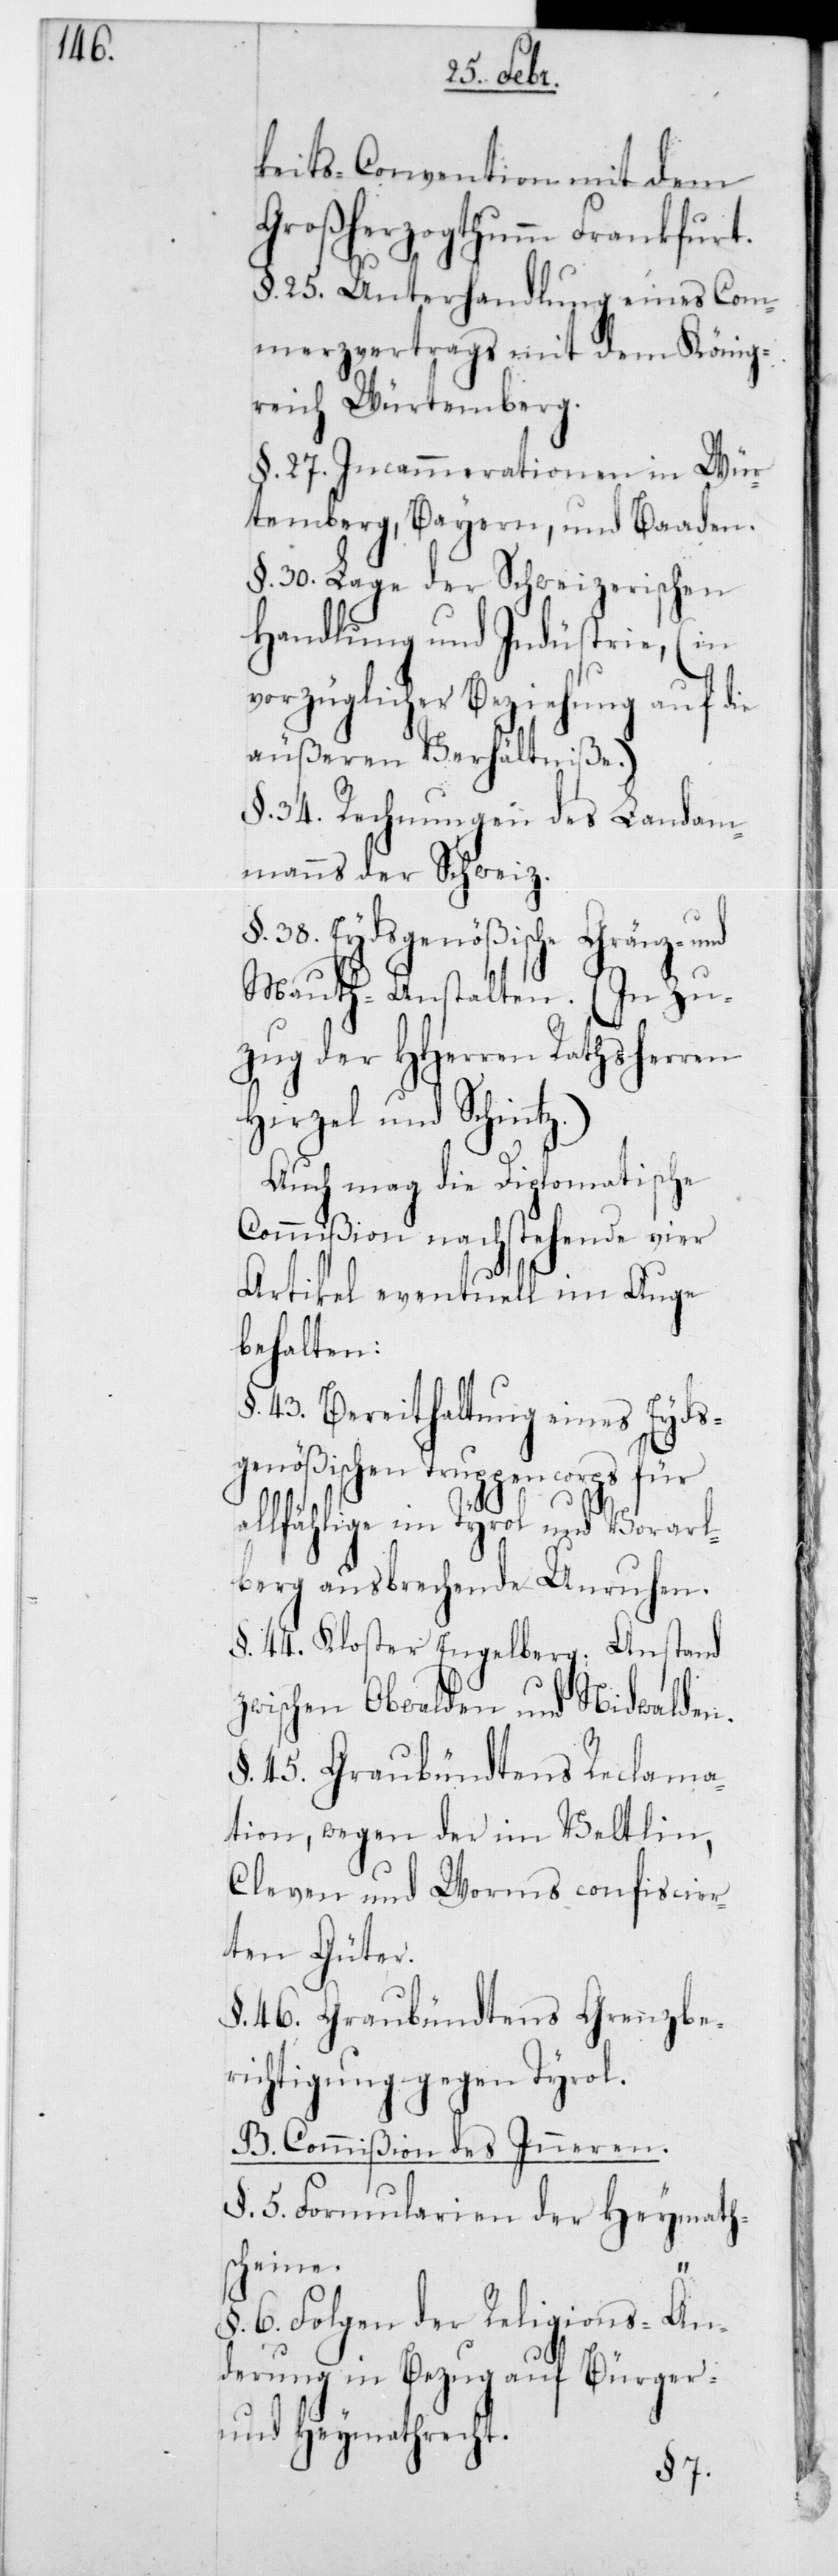
keits-Convention mit dem
Großherzogthum Frankfurt.
§ 25. Unterhandlung eines Com¬
merzvertrags mit dem König¬
reich Würtemberg.
§ 27. Incammerationen in Wür¬
temberg, Bayern, und Baaden.
§ 30. Lage der schweizerischen
Handlung und Indüstrie, (in
vorzüglicher Beziehung auf die
äußeren Verhältniße).
§ 34. Rechnungen des Landam¬
manns der Schweiz.
38. Eydsgenößische Grenz-
Mauth-Anstalten. (In Zu¬
zug der HHerren Rathsherren
Hirzel und Schintz).
Auch mag die Diplomatische
Commißion nachstehende vier
Artikel eventuell im Auge
behalten:
§ 43. Bereithaltung eines Eyds¬
genößischen Truppencorps für
allfählige im Tyrol und Vorarl¬
berg ausbrechende Unruhen.
§ 44. Kloster Engelberg: Anstand
zwischen Obwalden und Nidwalden.
§ 45. Graubündtens Reclama¬
tion, wegen der im Veltlin,
Cleven und Worms confiscier¬
ten Güter.
§ 46. Graubündtens Grenzbe¬
richtigung gegen Tyrol.
B. Commißion des Innern.
§ 5. Formularien der Heymath¬
scheine.
§ 6. Folgen der Religions-Än¬
derung in Bezug auf Bürger-
und Heymathrecht.